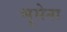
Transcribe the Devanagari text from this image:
भूसेना